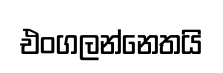
එංගලන්නෙතයි